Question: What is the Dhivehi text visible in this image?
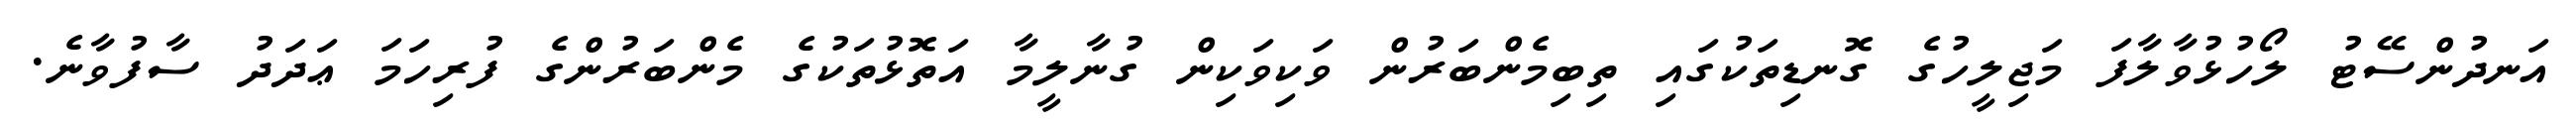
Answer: އަނދުންސޭޓު ލޯހުޅުވާލާފަ މަޖިލީހުގެ ގޮނޑިތަކުގައި ތިބިމެންބަރުން ވަކިވަކިން ގުނާލީމާ އަތޮޅުތަކުގެ މެންބަރުންގެ ފުރިހަމަ ޢަދަދު ސާފުވާނެ.